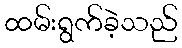
ထမ်းရွက်ခဲ့သည်